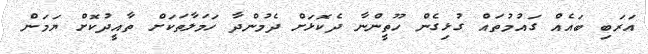
އަރަބި ބައެއް ގައުމުތައް ގުޅިގެން ހޫތީންނާ ދެކޮޅަށް ދެމުންދާ ހަމަލާތަކަށް ތާއީދުކޮށް ޔަމަން